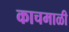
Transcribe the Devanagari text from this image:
काचमाळी